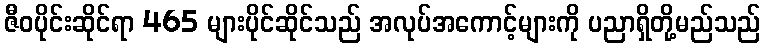
ဇီဝပိုင်းဆိုင်ရာ 465 များပိုင်ဆိုင်သည် အလုပ်အကောင့်များကို ပညာရှိတို့မည်သည်